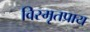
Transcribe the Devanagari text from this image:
विस्मृतप्राय